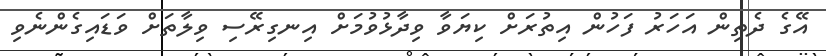
އޭގެ ދެތިން އަހަރު ފަހުން އިތުރަށް ކިޔަވާ ވިދާޅުވުމަށް އިނގިރޭސި ވިލާތަށް ވަޑައިގެންނެވި